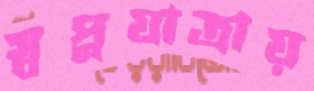
স্বপ্নযাত্রায়